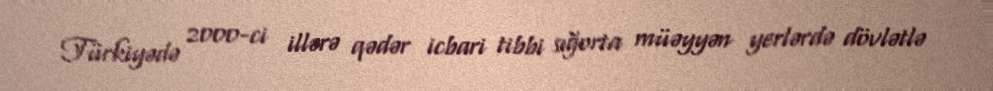
Türkiyədə 2000-ci illərə qədər icbari tibbi sığorta müəyyən yerlərdə dövlətlə